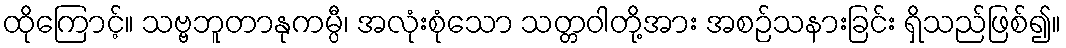
ထိုကြောင့်။ သဗ္ဗဘူတာနုကမ္ပီ၊ အလုံးစုံသော သတ္တဝါတို့အား အစဉ်သနားခြင်း ရှိသည်ဖြစ်၍။